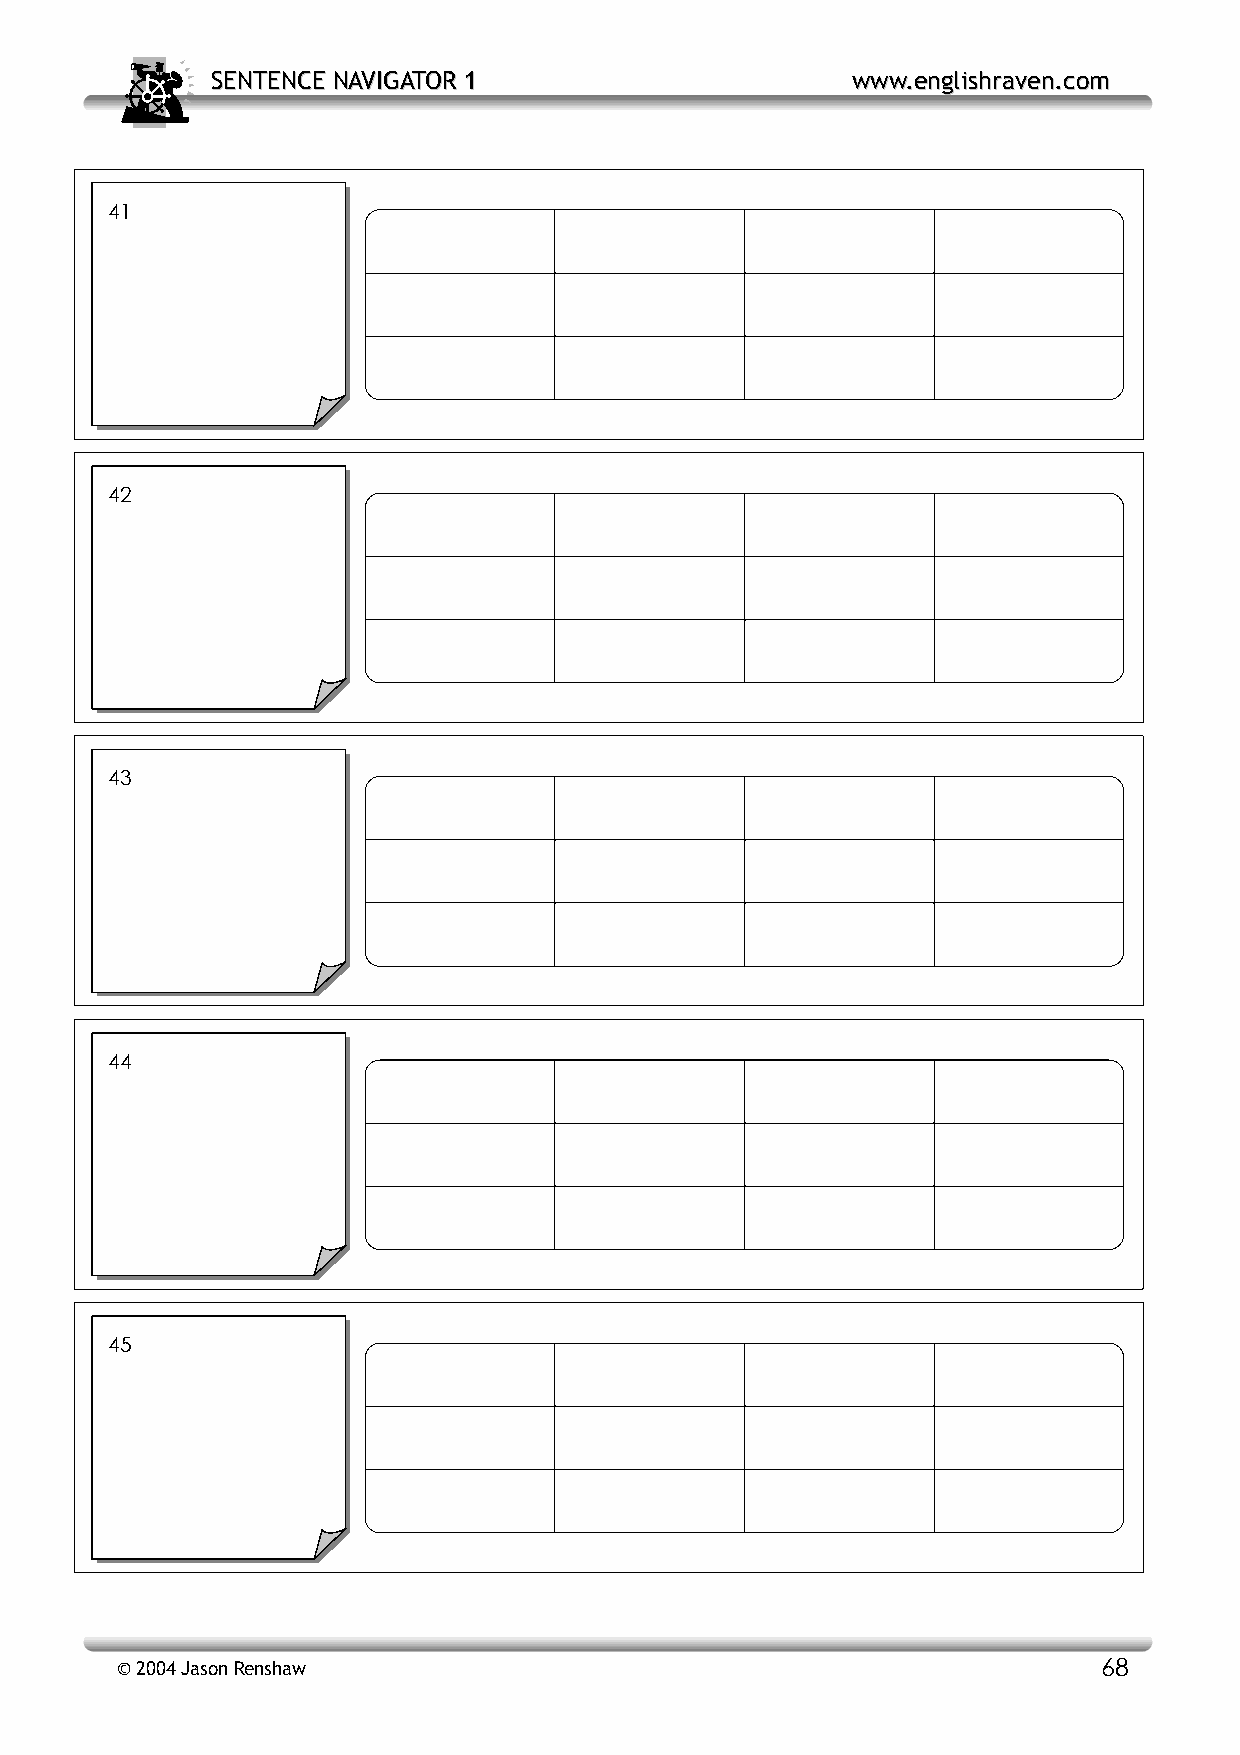
SSEENNTTEENNCCEE NNAAVVIIGGAATTOORR 11    wwwwww..eenngglliisshhrraavveenn..ccoomm
 41
 42
 43
 44
 45
 © 2004 Jason Renshaw                                             68